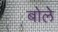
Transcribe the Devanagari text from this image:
बोलेे